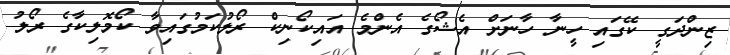
ޒިންދަގީ ކޭގައި ހީނާ ހާނަށް އެޝޯގެ އެންމެ އައިކޯނިކް ރޯލުކަމުގައިވާ ކޯމޮލިކާގެ ރޯލު